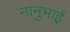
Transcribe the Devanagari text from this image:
नानुभाई